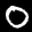
Label: 0